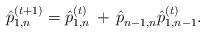
LaTeX: \begin{align*}\hat{p}_{1,n}^{(t+1)} = \hat{p}_{1,n}^{(t)} \,+\, \hat{p}_{n-1,n}^{} \hat{p}_{1,n-1}^{(t)}.\end{align*}